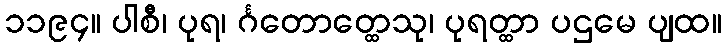
၁၁၉၄။ ပါစီ၊ ပုရ၊ င်္ဂတောတ္ထေသု၊ ပုရတ္ထာ ပဌမေ ပျထ။